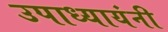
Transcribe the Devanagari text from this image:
उपाध्यायंनी